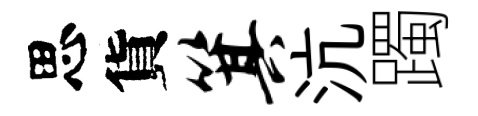
思貨箕沆躅